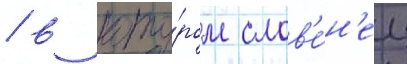
/ в кото́ром слов'е́н'ец